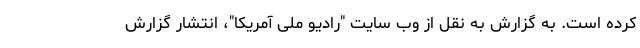
کرده است. به گزارش به نقل از وب سایت "رادیو ملی آمریکا"، انتشار گزارش